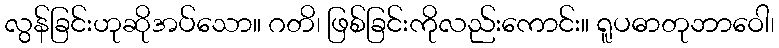
လွန်ခြင်းဟုဆိုအပ်သော။ ဂတိ၊ ဖြစ်ခြင်းကိုလည်းကောင်း။ ရူပဓာတုဘာဝေါ၊